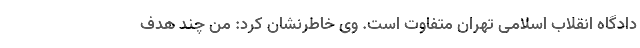
دادگاه انقلاب اسلامی تهران متفاوت است. وی خاطرنشان کرد: من چند هدف